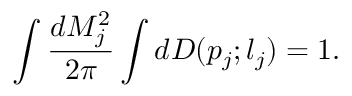
\int \frac { d M _ { j } ^ { 2 } } { 2 \pi } \int d D ( p _ { j } ; l _ { j } ) = 1 .